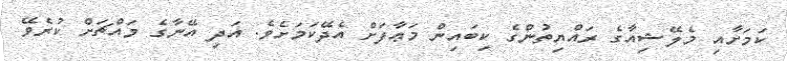
ކަމަށާއި މެލޭޝިއާގެ ރައްޔިތުންގެ ކިބައިން މަޢާފަށް އެދޭކަމަށެވެ. އަދި އޭނާގެ މައްޗަށް ކުރެވޭ